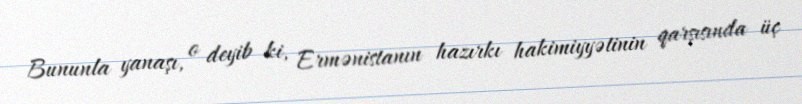
Bununla yanaşı, o deyib ki, Ermənistanın hazırkı hakimiyyətinin qarşısında üç